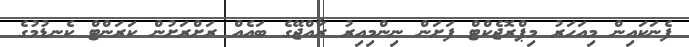
ފެނަކައިން މިއަހަރު މިޕްރޮޖެކްޓް ފަށަން ނިންމިއިރު ރާއްޖޭގެ ބައެއް ރަށްރަށުން ކަރަންޓް ކެނޑުމުގެ